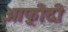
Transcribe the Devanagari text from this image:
आफ़्रीदी